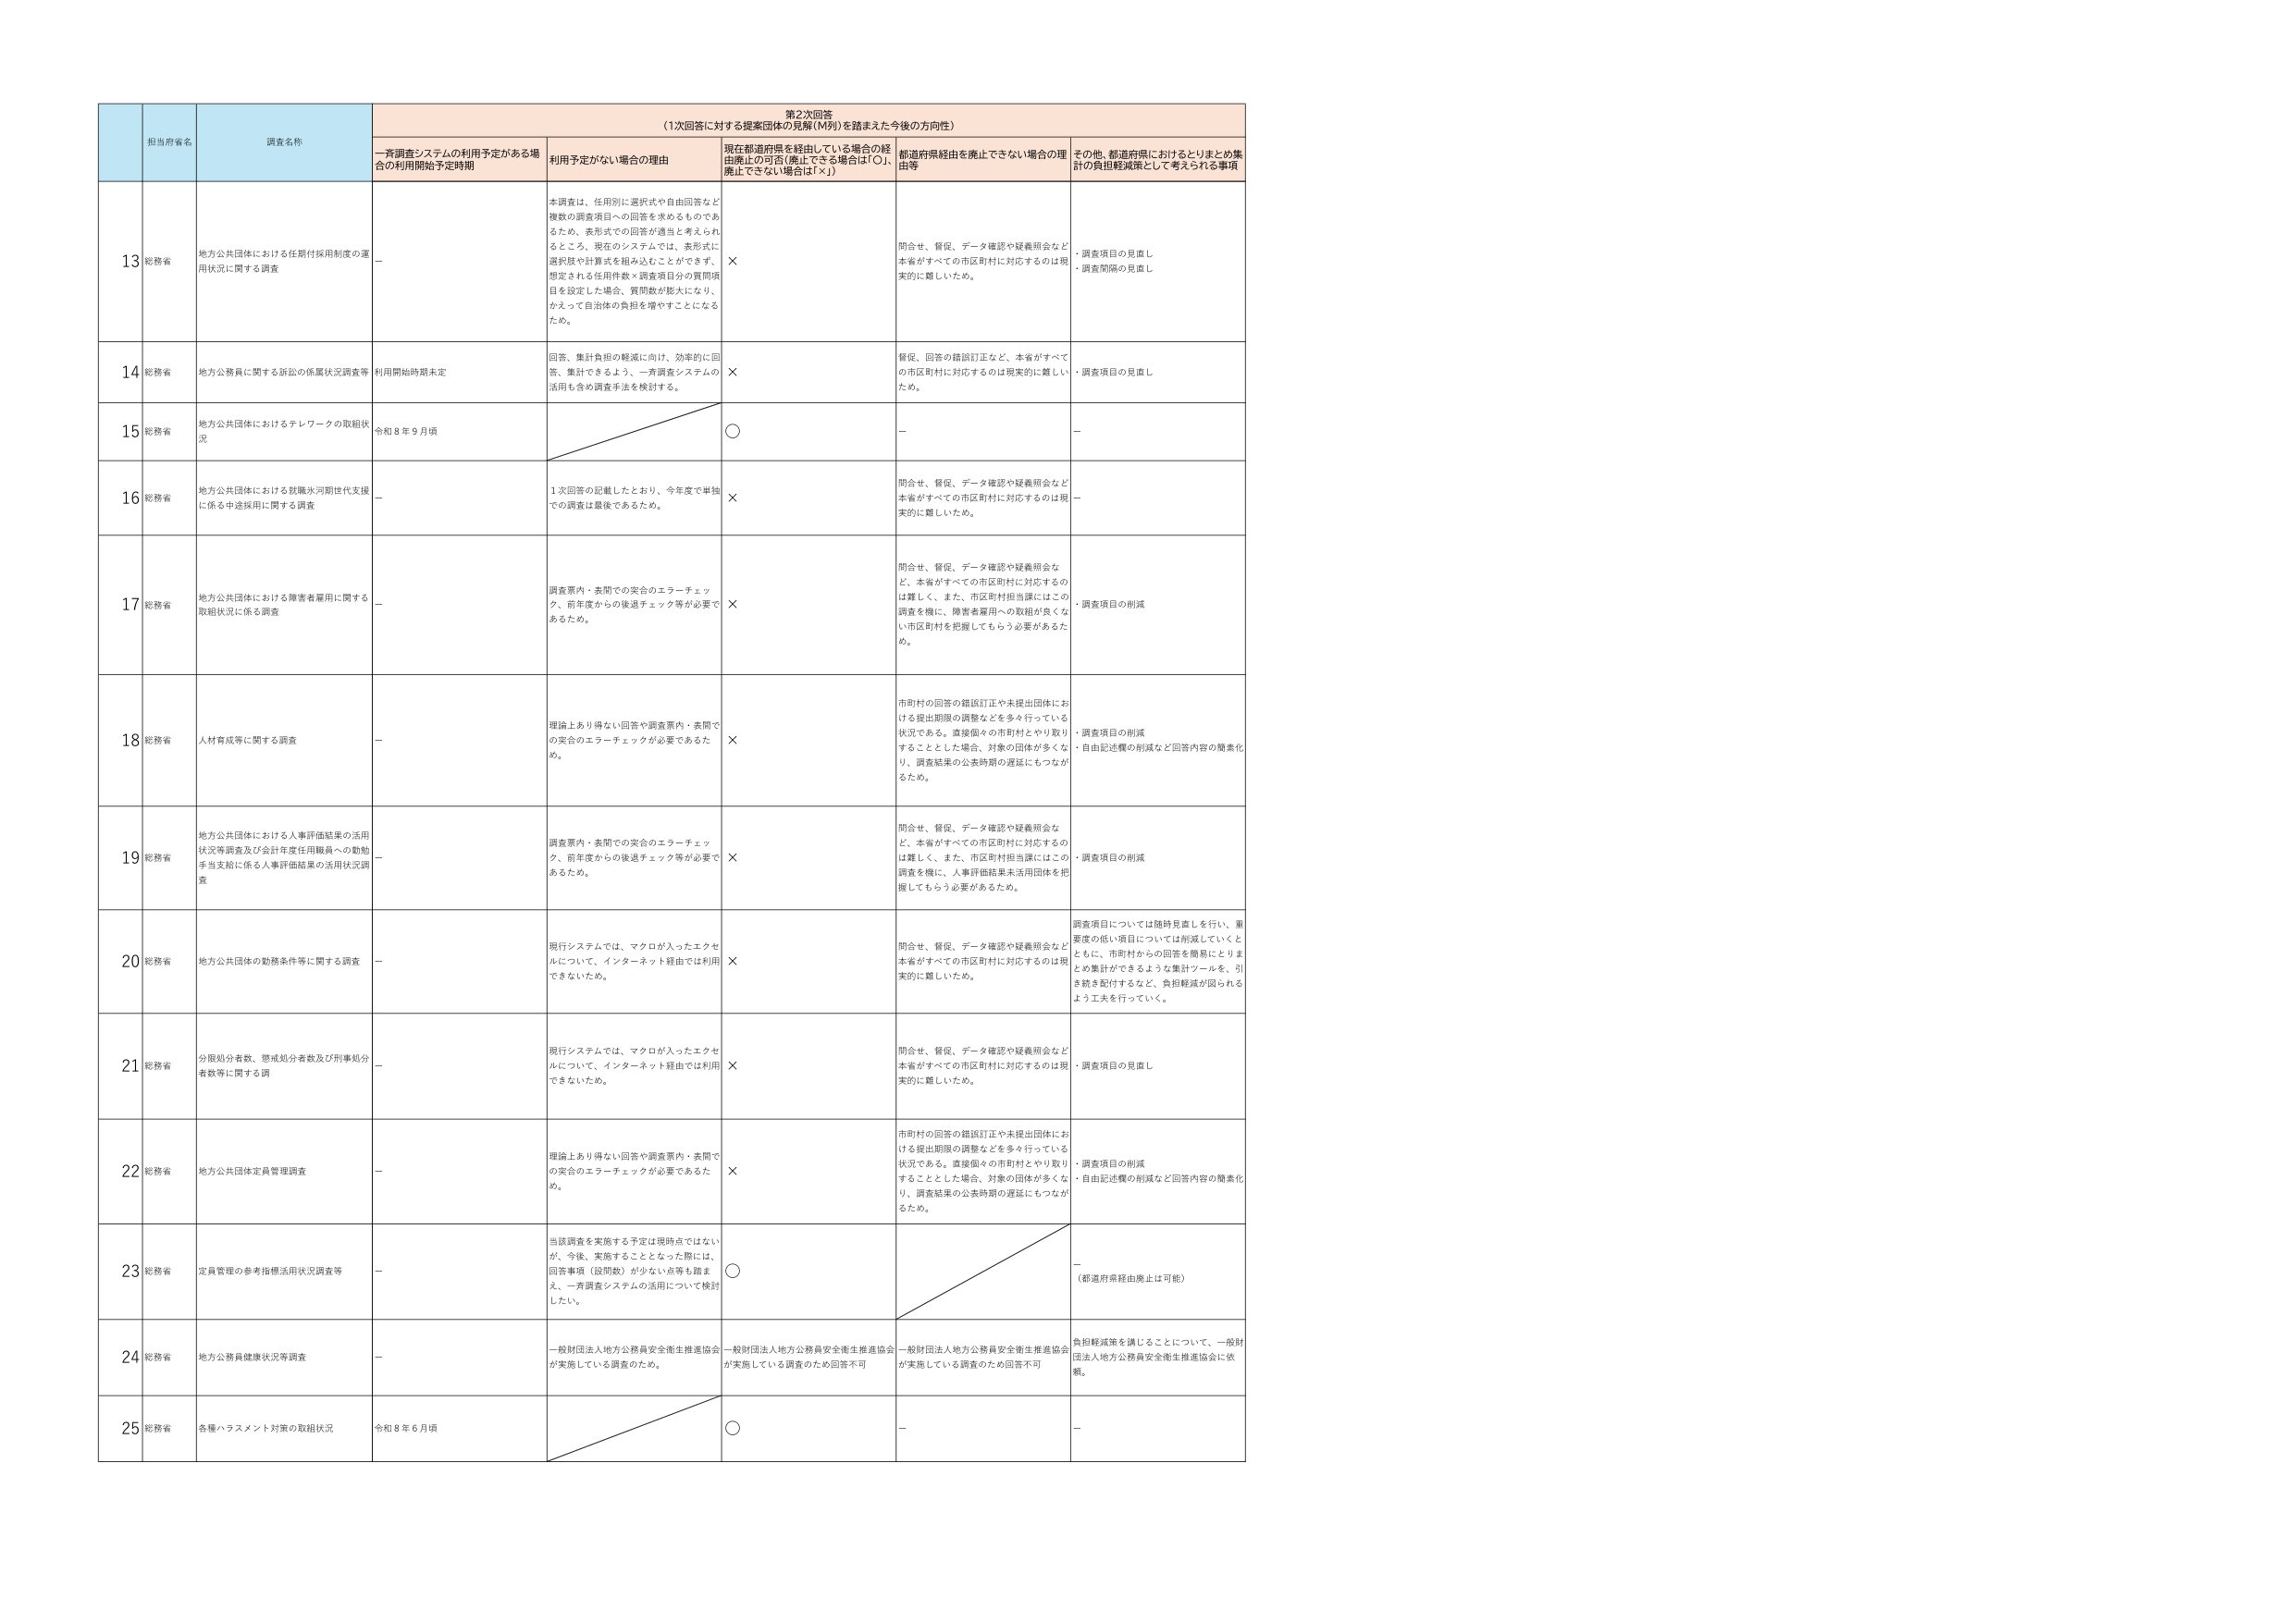
第2次回答
（1次回答に対する提案団体の見解（M列）を踏まえた今後の方向性）

担当府省名
調査名称
一斉調査システムの利用予定がある場合の利用開始予定時期
利用予定がない場合の理由
現在都道府県を経由している場合の経由廃止の可否（廃止できる場合は「○」、廃止できない場合は「×」）
都道府県経由を廃止できない場合の理由等
その他、都道府県におけるとりまとめ集計の負担軽減策として考えられる事項

13 総務省
地方公共団体における任期付採用制度の運用状況に関する調査
－
本調査は、任期別に選択式や自由回答など複数の調査項目への回答を求めるものであるため、表形式での回答が適当と考えられるところ、現在のシステムでは、表形式に選択肢や計算式を組み込むことができず、想定される任期件数×調査項目分の質問項目を設定した場合、質問数が膨大になり、かえって自治体の負担を増やすことになるため。
×
問合せ、督促、データ確認や疑義照会など本省がすべての市区町村に対応するのは現実的に難しいため。
・調査項目の見直し
・調査間隔の見直し

14 総務省
地方公務員に関する訴訟の係属状況調査等
利用開始時期未定
回答、集計負担の軽減に向け、効率的に回答、集計できるよう、一斉調査システムの活用も含め調査手法を検討する。
×
督促、回答の錯誤訂正など、本省がすべての市区町村に対応するのは現実的に難しいため。
・調査項目の見直し

15 総務省
地方公共団体におけるテレワークの取組状況
令和８年９月頃
○
－
－

16 総務省
地方公共団体における就職氷河期世代支援に係る中途採用に関する調査
－
1次回答の記載したとおり、今年度で単独での調査は最後であるため。
×
問合せ、督促、データ確認や疑義照会など本省がすべての市区町村に対応するのは現実的に難しいため。
－

17 総務省
地方公共団体における障害者雇用に関する取組状況に係る調査
－
調査票内・表間での突合のエラーチェック、前年度からの後退チェック等が必要であるため。
×
問合せ、督促、データ確認や疑義照会など、本省がすべての市区町村に対応するのは難しく、また、市区町村担当課にはこの調査を機に、障害者雇用への取組が良くない市区町村を把握してもらう必要があるため。
・調査項目の削減

18 総務省
人材育成等に関する調査
－
理論上あり得ない回答や調査票内・表間での突合のエラーチェックが必要であるため。
×
市町村の回答の錯誤訂正や未提出団体における提出期限の調整などを多々行っている状況である。直接個々の市町村とやり取りすることとした場合、対象の団体が多くなり、調査結果の公表時期の遅延にもつながるため。
・調査項目の削減
・自由記述欄の削減など回答内容の簡素化

19 総務省
地方公共団体における人事評価結果の活用状況等調査及び会計年度任用職員への勤勉手当支給に係る人事評価結果の活用状況調査
－
調査票内・表間での突合のエラーチェック、前年度からの後退チェック等が必要であるため。
×
問合せ、督促、データ確認や疑義照会など、本省がすべての市区町村に対応するのは難しく、また、市区町村担当課にはこの調査を機に、人事評価結果未活用団体を把握してもらう必要があるため。
・調査項目の削減

20 総務省
地方公共団体の勤務条件等に関する調査
－
現行システムでは、マクロが入ったエクセルについて、インターネット経由では利用できないため。
×
問合せ、督促、データ確認や疑義照会など本省がすべての市区町村に対応するのは現実的に難しいため。
調査項目については随時見直しを行い、重要度の低い項目については削減していくとともに、市町村からの回答を簡易にとりまとめ集計ができるような集計ツールを、引き続き配付するなど、負担軽減が図られるよう工夫を行っていく。

21 総務省
分限処分者数、懲戒処分者数及び刑事処分者数等に関する調
－
現行システムでは、マクロが入ったエクセルについて、インターネット経由では利用できないため。
×
問合せ、督促、データ確認や疑義照会など本省がすべての市区町村に対応するのは現実的に難しいため。
・調査項目の見直し

22 総務省
地方公共団体定員管理調査
－
理論上あり得ない回答や調査票内・表間での突合のエラーチェックが必要であるため。
×
市町村の回答の錯誤訂正や未提出団体における提出期限の調整などを多々行っている状況である。直接個々の市町村とやり取りすることとした場合、対象の団体が多くなり、調査結果の公表時期の遅延にもつながるため。
・調査項目の削減
・自由記述欄の削減など回答内容の簡素化

23 総務省
定員管理の参考指標活用状況調査等
－
当該調査を実施する予定は現時点ではないが、今後、実施することとなった際には、回答事項（設問数）が少ない点等も踏まえ、一斉調査システムの活用について検討したい。
○
－
（都道府県経由廃止は可能）

24 総務省
地方公務員健康状況等調査
－
一般財団法人地方公務員安全衛生推進協会が実施している調査のため。
一般財団法人地方公務員安全衛生推進協会が実施している調査のため回答不可
一般財団法人地方公務員安全衛生推進協会が実施している調査のため回答不可
負担軽減策を講じることについて、一般財団法人地方公務員安全衛生推進協会に依頼。

25 総務省
各種ハラスメント対策の取組状況
令和８年６月頃
○
－
－